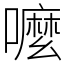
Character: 嚒